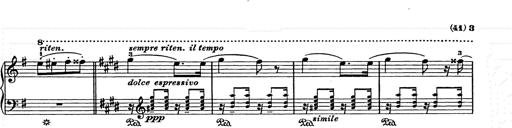
Title: Ave Maria
Composer: Joseph Ascher
Key: D-flat major